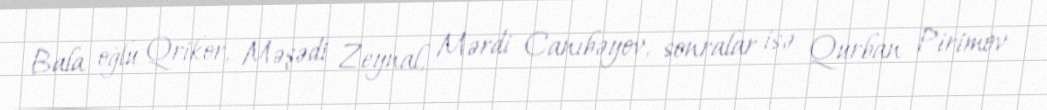
Bala oğlu Qrikor, Məşədi Zeynal, Mərdi Canıbəyov, sonralar isə Qurban Pirimov